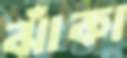
ঝাঁকা